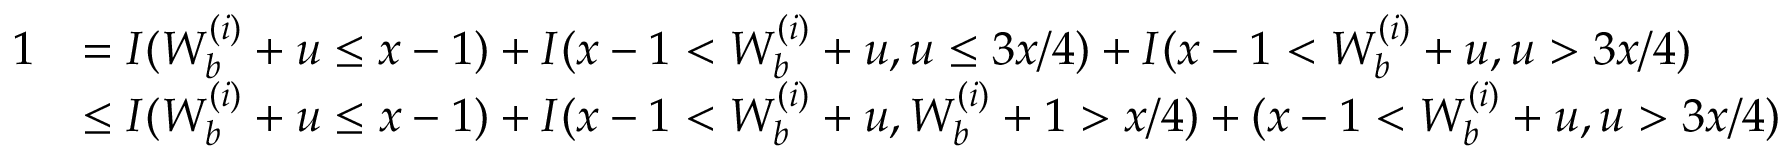
\begin{array} { r l } { 1 } & { = I ( W _ { b } ^ { ( i ) } + u \leq x - 1 ) + I ( x - 1 < W _ { b } ^ { ( i ) } + u , u \leq 3 x / 4 ) + I ( x - 1 < W _ { b } ^ { ( i ) } + u , u > 3 x / 4 ) } \\ & { \leq I ( W _ { b } ^ { ( i ) } + u \leq x - 1 ) + I ( x - 1 < W _ { b } ^ { ( i ) } + u , W _ { b } ^ { ( i ) } + 1 > x / 4 ) + ( x - 1 < W _ { b } ^ { ( i ) } + u , u > 3 x / 4 ) } \end{array}